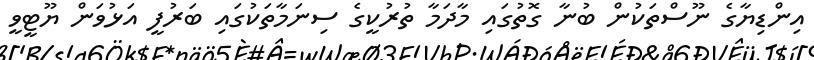
އިންޑިޔާގެ ނޫސްތަކުން ބުނާ ގޮތުގައި މާދަމާ ތުރުކީގެ ސިނަމާތަކުގައި ބަރުފީ އަޅުވަން ޔޫޓީވީ